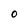
Character: 0